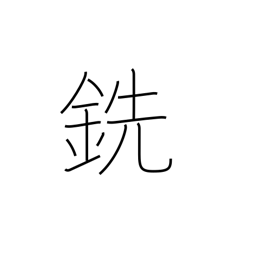
Meaning: pig iron